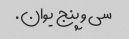
سی و پنج یوان.